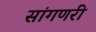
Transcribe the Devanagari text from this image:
सांगणरी